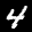
Label: 4